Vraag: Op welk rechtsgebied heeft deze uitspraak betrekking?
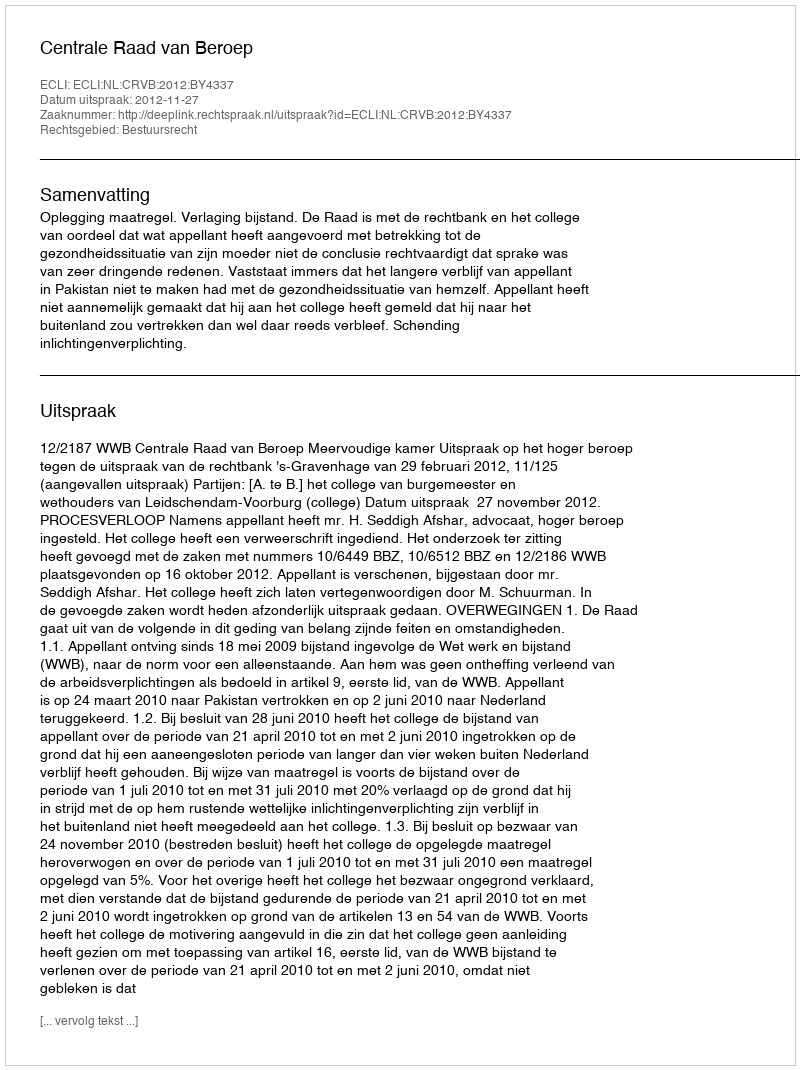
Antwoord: Bestuursrecht